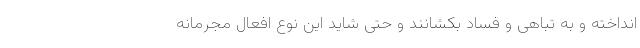
انداخته و به تباهی و فساد بکشانند و حتی شاید این نوع افعال مجرمانه